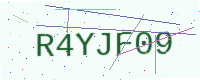
Text: R4YJF09